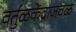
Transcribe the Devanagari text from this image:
वर्तुळकेंद्राजवळ